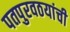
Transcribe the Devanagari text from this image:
पतपुरवठयांची